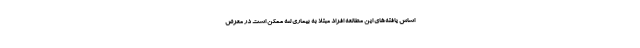
اساس یافته‌های این مطالعه افراد مبتلا به بیماری لثه ممکن است در معرض